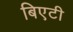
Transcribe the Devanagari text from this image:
बिएटी